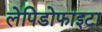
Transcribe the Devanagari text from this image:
लेपिडोफाइटा